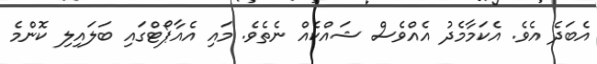
އެބަދެ އެވެ. އެކަމާމެދު އެއްވެސް ޝައްކެއް ނެތެވެ. މައި އެއާޕޯޓްގައި ބަލައިލި ކޮންމެ